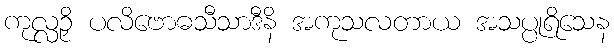
ကုလ္လဉှိ ပလိဗောဓသီသာဒီနိ အကုသလတာယ အသပ္ပုရိသေန